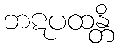
ဘဋပထန္တိ